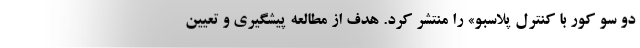
دو سو کور با کنترل پلاسبو» را منتشر کرد. هدف از مطالعه پیشگیری و تعیین